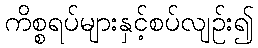
ကိစ္စရပ်များနှင့်စပ်လျဉ်း၍